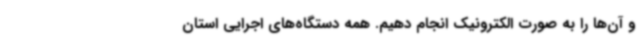
و آن‌ها را به صورت الکترونیک انجام دهیم. همه دستگاه‌های اجرایی استان